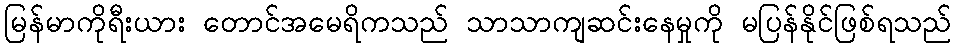
မြန်မာကိုရီးယား တောင်အမေရိကသည် သာသာကျဆင်းနေမှုကို မပြန်နိုင်ဖြစ်ရသည်